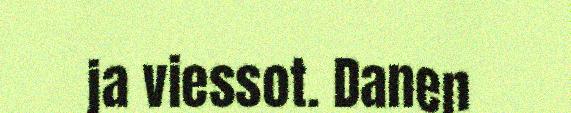
ja viessot. Danen